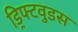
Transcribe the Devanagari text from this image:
ड्रिफ्टवुडस